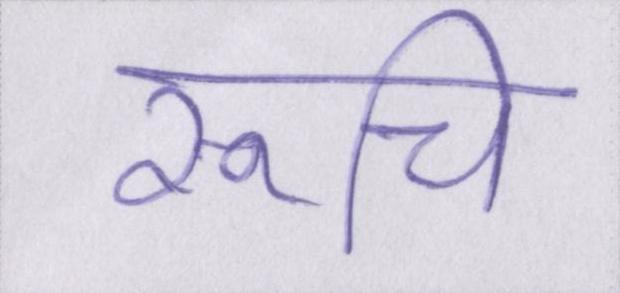
रूचि